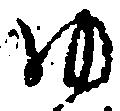
ゆ